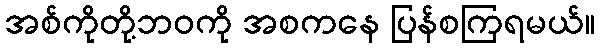
အစ်ကိုတို့ဘဝကို အစကနေ ပြန်စကြရမယ်။